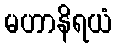
မဟာနိရယံ